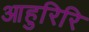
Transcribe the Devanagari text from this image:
आहुरिरि